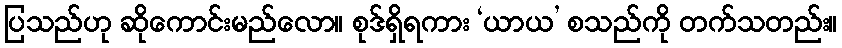
ပြသည်ဟု ဆိုကောင်းမည်လော။ စုဒ်ရှိရကား ‘ယာယ’ စသည်ကို တက်သတည်း။